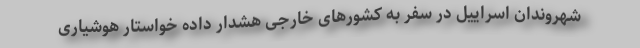
شهروندان اسراییل در سفر به کشورهای خارجی هشدار داده خواستار هوشیاری